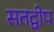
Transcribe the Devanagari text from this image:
सतद्वीप